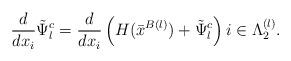
LaTeX: \begin{align*}\frac{d}{dx_i} \tilde{\Psi}_l ^c = \frac{d}{dx_i} \left( H(\bar{x}^{B(l)}) + \tilde{\Psi}_l ^c \right) i \in \Lambda_2 ^{(l)}.\end{align*}